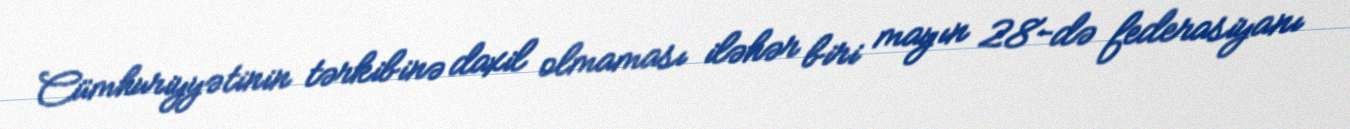
Cümhuriyyətinin tərkibinə daxil olmaması iləhər biri mayın 28-də federasiyanı